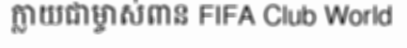
ក្លាយជាម្ចាស់ពាន FIFA Club World